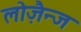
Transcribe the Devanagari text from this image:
लोज़ैन्ज